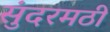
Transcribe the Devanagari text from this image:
सुंदरमठी